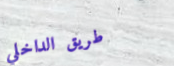
طريق الداخلي